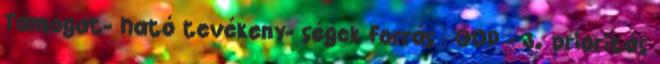
Támogat- ható tevékeny- ségek Forrás ▪GOP - 3. prioritás